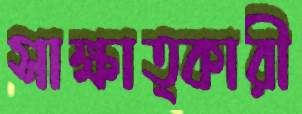
সাক্ষাত্কারী